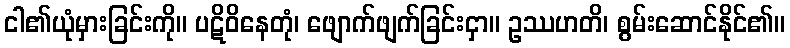
ငါ၏ယုံမှားခြင်းကို။ ပဋိဝိနေတုံ၊ ဖျောက်ဖျက်ခြင်းငှာ။ ဥဿဟတိ၊ စွမ်းဆောင်နိုင်၏။